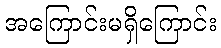
အကြောင်းမရှိကြောင်း